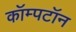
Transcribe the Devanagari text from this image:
कॉम्पटॉन